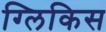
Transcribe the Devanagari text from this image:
ग्लिकिस